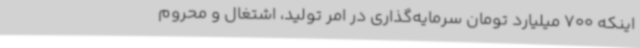
اینکه 700 میلیارد تومان سرمایه‌گذاری در امر تولید، اشتغال و محروم